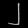
Digit: ၂